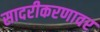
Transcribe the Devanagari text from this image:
सादरीकरणावर